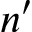
n ^ { \prime }